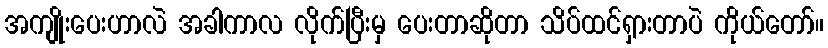
အကျိုးပေးဟာလဲ အခါကာလ လိုက်ပြီးမှ ပေးတာဆိုတာ သိပ်ထင်ရှားတာပဲ ကိုယ်တော်။